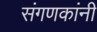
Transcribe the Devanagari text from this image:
संगणकांनी